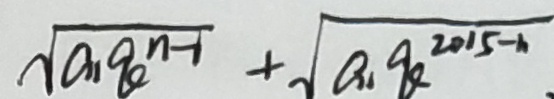
\sqrt { a _ { 1 } q ^ { n - 1 } } + \sqrt { a _ { 1 } q ^ { 2 0 1 5 - h } }